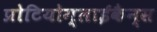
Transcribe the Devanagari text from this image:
प्रोटियोग्लाईकैन्स